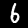
Digit: 6